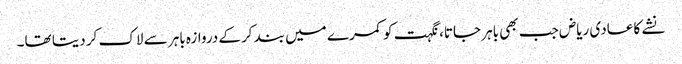
نشے کا عادی ریاض جب بھی باہر جاتا، نگہت کو کمرے میں بند کرکے دروازہ باہر سے لاک کر دیتا تھا۔